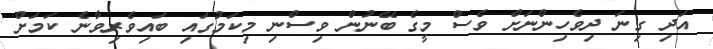
އަދި ގިނަ ދިވެހިންނަށް ވެސް މީގެ ބޭނުން ވިސްނި މިކަމުގައި ބައިވެރިވާނެ ކަމަށް